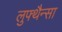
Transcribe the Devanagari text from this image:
लुफ्थैन्सा